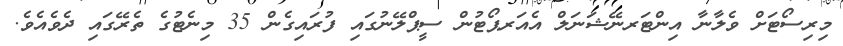
މިރިސޯޓަށް ވެލާނާ އިންޓަރނޭޝަނަލް އެއަރޕޯޓުން ސީޕްލޭނުގައި ފުރައިގެން 35 މިނެޓުގެ ތެރޭގައި ދެވެއެވެ.